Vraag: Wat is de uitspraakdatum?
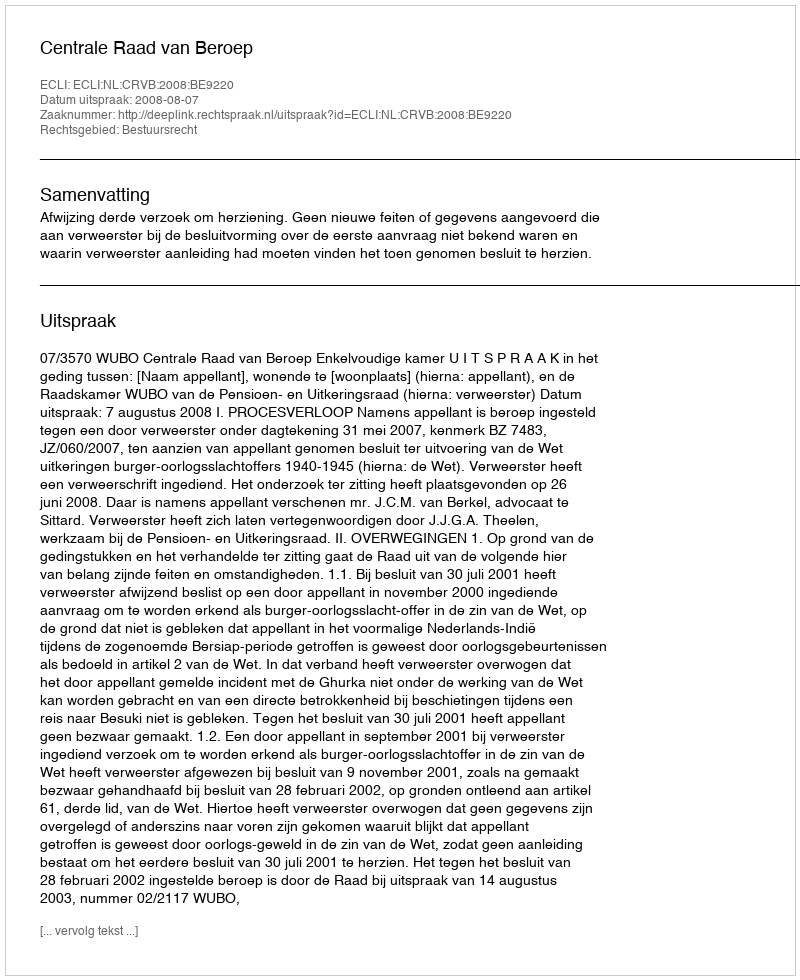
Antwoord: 2008-08-07